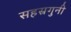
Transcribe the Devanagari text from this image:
सहस्रगुनी